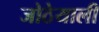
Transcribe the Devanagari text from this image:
जोठेयाली